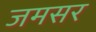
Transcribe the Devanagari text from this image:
जमसर